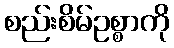
စည်းစိမ်ဥစ္စာကို